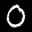
Label: 0